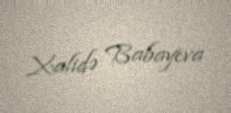
Xalidə Babayeva